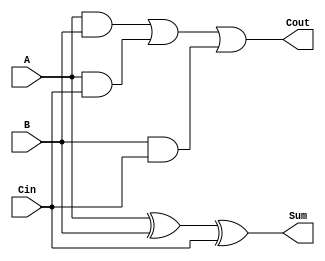
module Carry_Save_Adder(
    input A,
    input B,
    input Cin,
    output reg [0:0] Sum,
    output reg Cout
);

always @(*) begin
    Sum = A ^ B ^ Cin;
    Cout = (A & B) | (A & Cin) | (B & Cin);
end

endmodule